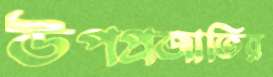
উপপ্রজাতির